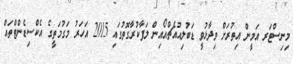
މިނިސްޓަރ އަމީން އިތުރަށް ވިދާޅުވީ ޑަބުލިއުއެޗްއޯއިން ލަފާކުރާގޮތުގައި 2015 އަހަރު މަގުމަތީގެ އެކްސިޑެންޓްތައް